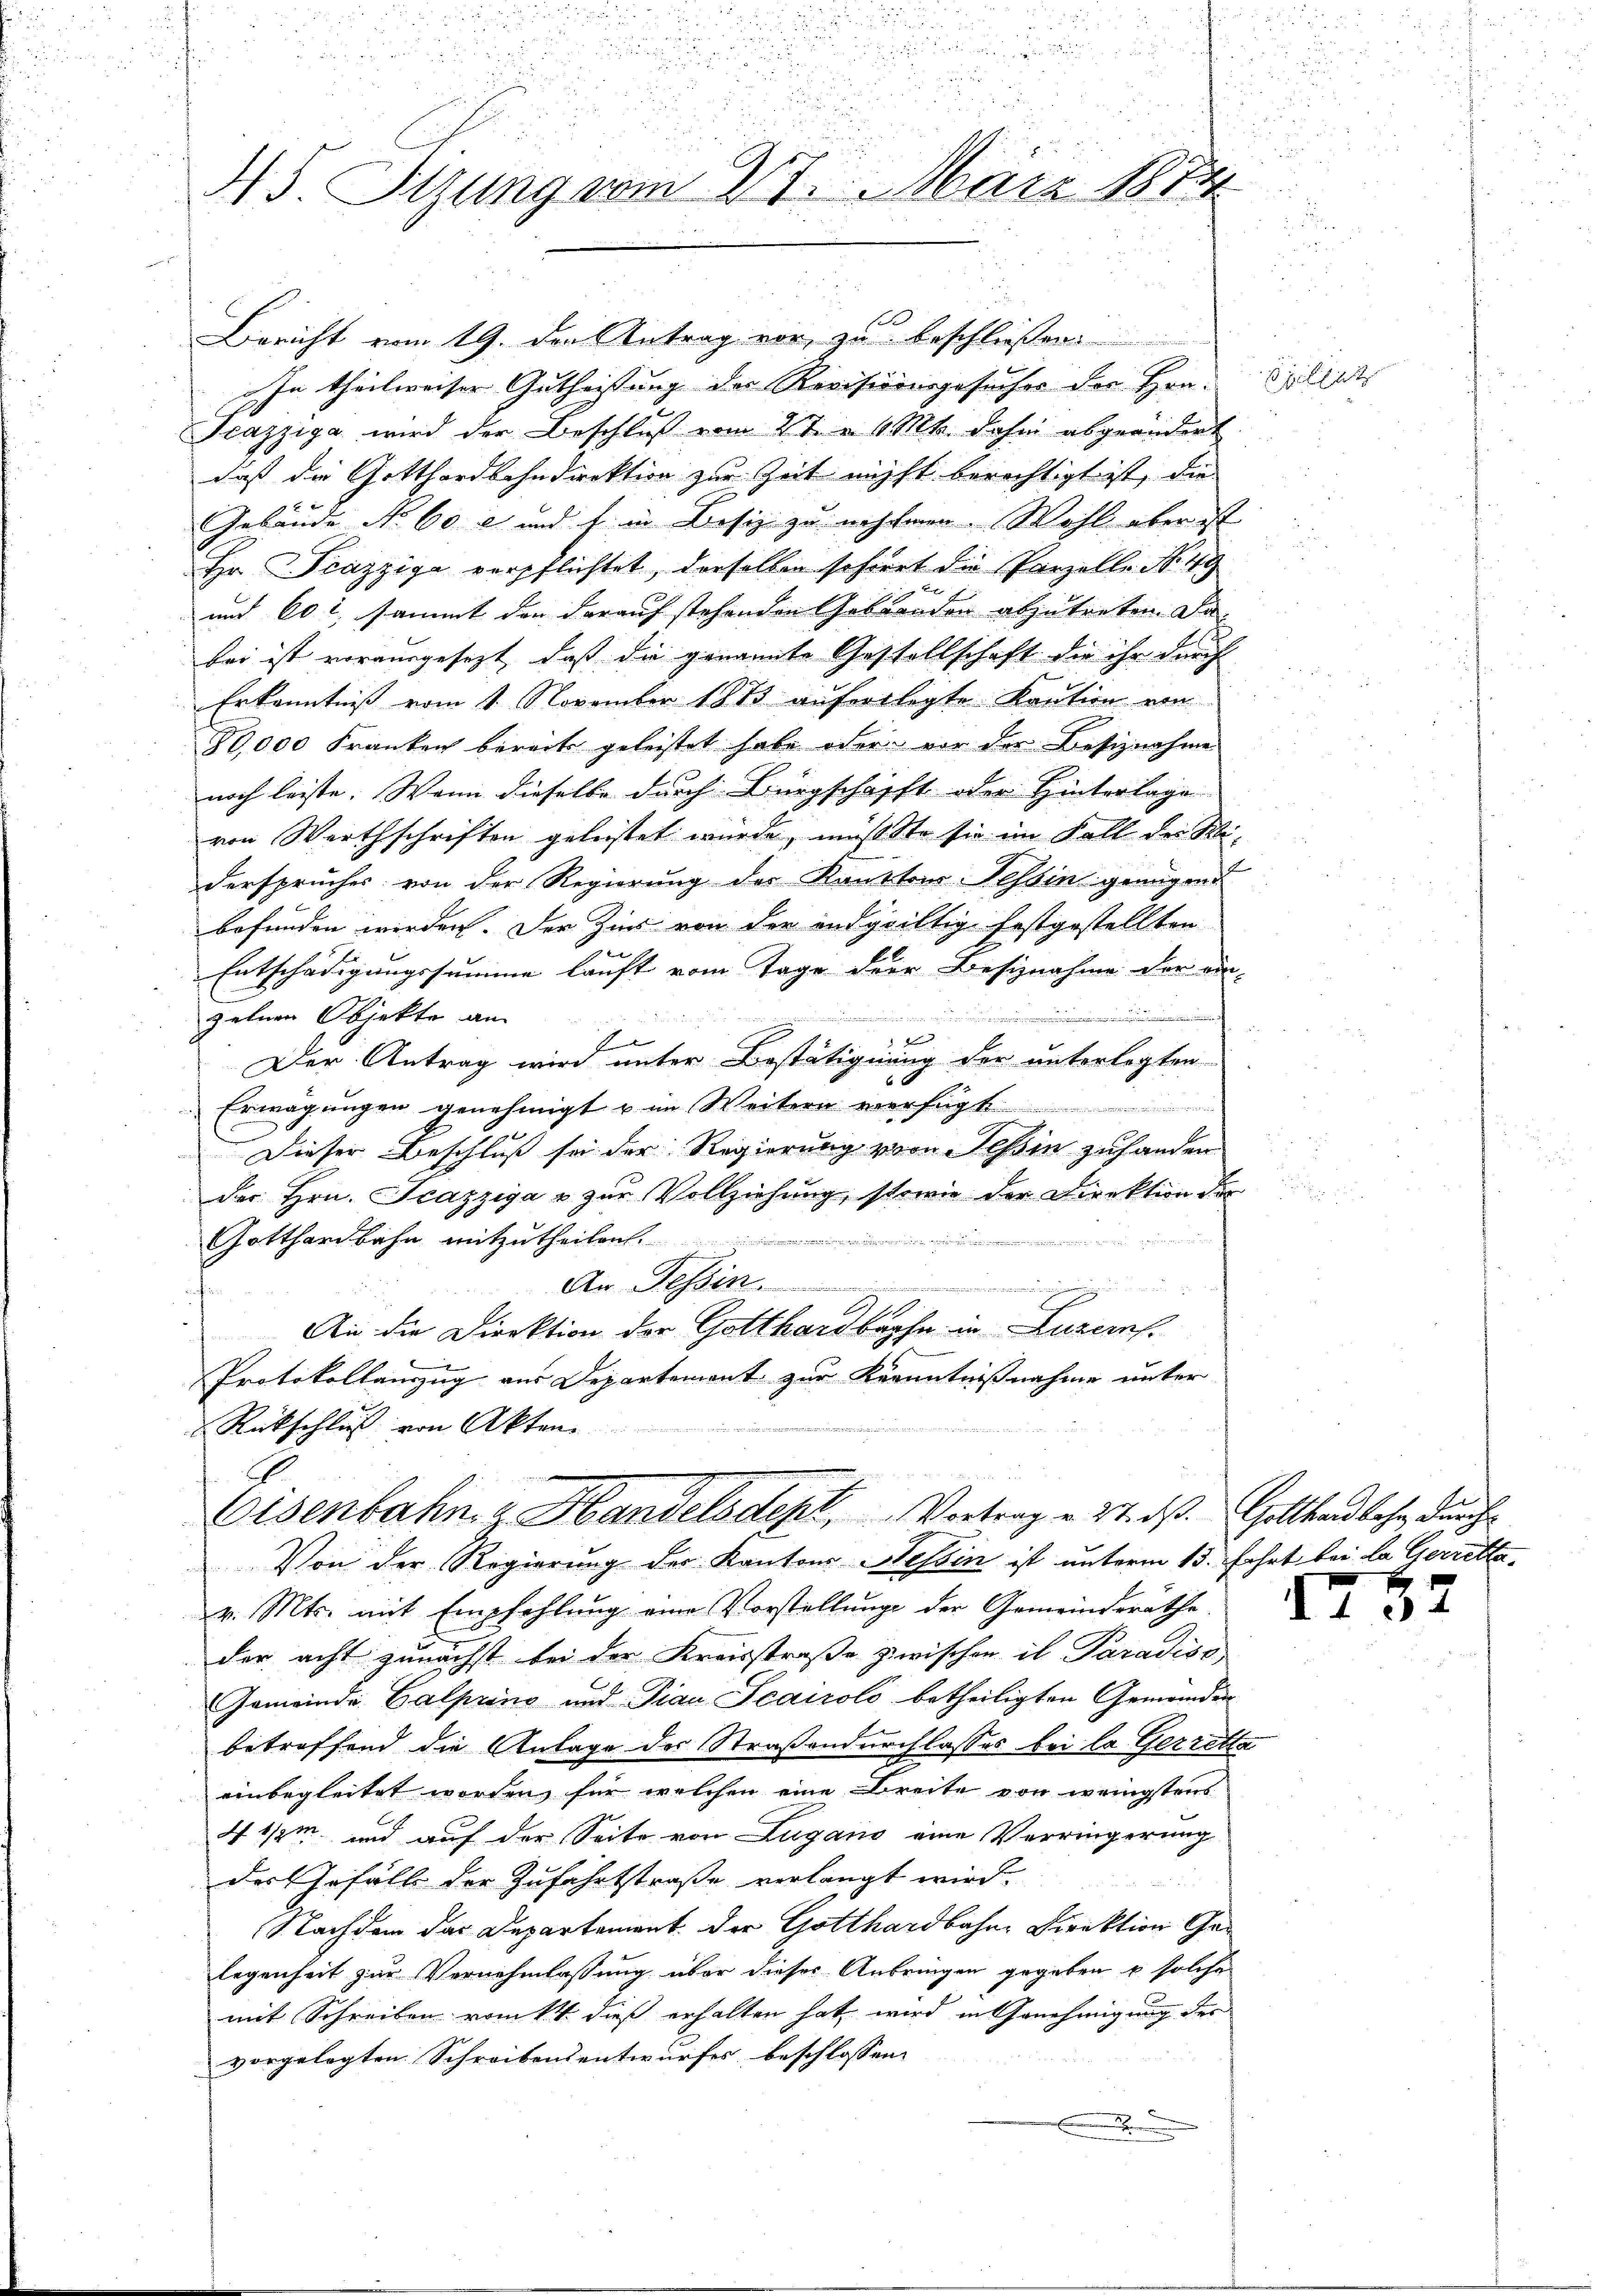
i

.
45. Sitzung vom 27. März 1873

Bericht vom 19. den Antrag vor, zu beschließen
In theilweiser Gutheisung des Revisionsgesuches der Hon¬
Jcazziga wird der Beschluß vom 2te 6 Mts. dahin abgeändert
daß die Gotthardbahndirektion zur Zeit nicht berechtigt ist, die
Gebäude No 60 l und f. in Besiz zu nehmen. Wohl aber ist
Hr. Scazziga verpflichtet, derselben scheret die Parzelle No. 149
und 60 l., sammt den darauf stehenden Gebranden abzutreten. Da
bei ist vorausgesezt, daß die genannte Gestellschaft die ihr durch
Erkenntniß vom 1. November 1873 auferlegte Kaution von
80,000 Franken bereits geleistet habe oder vor der Besiznahme
noch leiste. Wenn dieselbe durch Bürgschafft oder Hinterlage
von Werthschriften geleistet wurde, mußte sie im Fall der Siderspruches von der Regierung der Kantons Tessin genügend
befunden werden. Der Zins von der endgültig festgestellten
Entschädigungssumme lauft vom Tage der Besiznahme der ein-
zelnen Objekte an

de
Der Antrag wird unter Bestätigung der unterlegten
6
Erwägungen genehmigt u im Weitern verfügt
Dieser Beschluß sei der Regierung von Tessin zuhanden
der Hrn. Scazziga u zur Vollziehung, sowie der Direktion der
Gotthardbahn mitzutheilen.
.
An Dessen
F
An die Direktion der Gotthardbahn in Luzern.
Protokollauszug aus Departement zur Kenntnißnahme unter
Rückschluß von Akten
2
Eisenbahn g Handelsdept, Vortrag v. 27. ds. Gotthardbahn, durch
Von der Regierung des Kantons Nessin ist unterm 15. Fahrt bei la Gerrettav. Mts. mit Empfehlung eine Vorstellung der Gemeinderäthe
der acht zunächst bei der Kreisstraße zwischen in Paradiss
Gemeinde Calpring und Pian Seairolo betheiligten Gemeinden
betreffend die Anlage der Straßendurchlasses bei la Gerretta
einbegleitet worden, für welchen eine Breite von wenigstens
41/2m und auf der Seite von Lugano eine Verringerung
des Gefäll der Zufahrtstraße verlangt wird.
Nachdem das Departement der Gotthardbahn-Direktion Gelegenheit zur Vernehmlassung über dieser Anbringen gegeben u solche
mit Schreiben vom 14. dieß erhalten hat wird in Genehmigung der
vorgelegten Schreibensentwurfes beschlossen:
A

s jetzt

I32